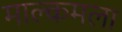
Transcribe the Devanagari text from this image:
माल्कमला